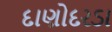
દાણોદરડા